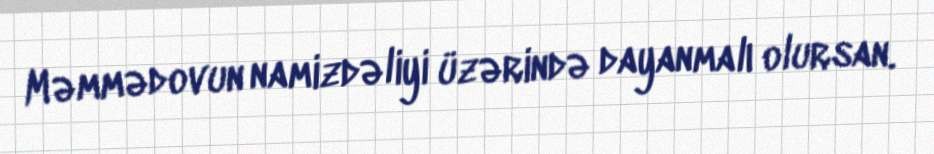
Məmmədovun namizdəliyi üzərində dayanmalı olursan.